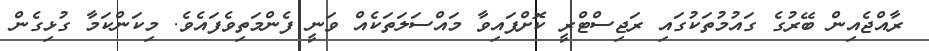
ރާއްޖެއިން ބޭރުގެ ގައުމުތަކުގައި ރަޖިސްޓްރީ ކޮށްފައިވާ މައްސަލަތަކެއް ވަނީ ފެންމަތިވެފައެވެ. މިކަންކަމާ ގުޅިގެން